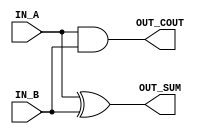
`timescale 1ns / 1ps
//////////////////////////////////////////////////////////////////////////////////
// Company: 
// Engineer: 
// 
// Design Name: 
// Module Name: H_Adder
// Project Name: 
// Target Devices: 
// Tool Versions: 
// Description: 
// 
// Dependencies: 
// 
// Revision:
// Revision 0.01 - File Created
// Additional Comments:
// 
//////////////////////////////////////////////////////////////////////////////////


module H_Adder( IN_A,IN_B, OUT_SUM, OUT_COUT );
input  IN_A,IN_B;
output  OUT_SUM, OUT_COUT;

xor xor_1 (OUT_SUM,IN_A,IN_B);
and and_1 (OUT_COUT,IN_A,IN_B);

endmodule